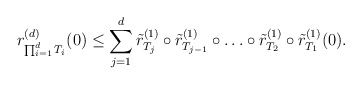
\begin{align*}r^{(d)}_{\prod_{i=1}^d T_i}(0)\leq \sum_{j=1}^d \tilde{r}^{(1)}_{T_j}\circ\tilde{r}^{(1)}_{T_{j-1}}\circ\ldots\circ\tilde{r}^{(1)}_{T_2}\circ\tilde{r}^{(1)}_{T_1}(0).\end{align*}